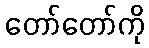
တော်တော်ကို